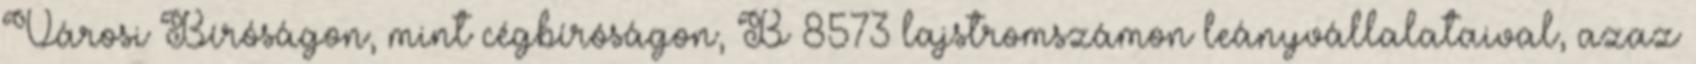
Városi Bíróságon, mint cégbíróságon, B 8573 lajstromszámon leányvállalataival, azaz